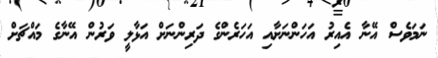
ނަމަވެސް އޭނާ އެއިރު އަހަންނަށާއި އަހަރެންގެ ދަރިންނަށް އަޅާލީ ވަރުން އޭނާގެ މައްޗަށް